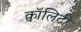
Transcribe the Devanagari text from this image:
क्वॉलिटी